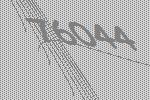
76044